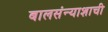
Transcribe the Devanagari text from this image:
बालसंन्याशाची